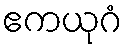
ဧကယုဂံ